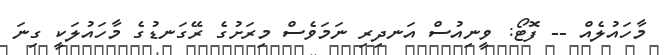
މާހައުލެއް -- ފޮޓޯ: ވީނިއުސް އަނދިރި ނަމަވެސް މިރަށުގެ ރޭގަނޑުގެ މާހައުލަކީ ގިނަ